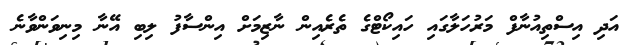
އަދި އިސްތިއުނާފް މަރުހަލާގައި ހައިކޯޓްގެ ތެރެއިން ނާޒިމަށް އިންސާފު ލިބި އޭނާ މިނިވަންވާނެ